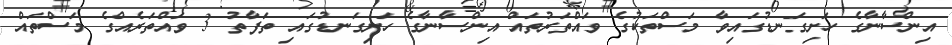
އިންސާނާގެ ހަށިގަނޑުގައިވާ މަސްތަކުގެ ވައްތަރުތައް އިންސާނާގެ ހަށިގަނޑުގައި ތަފާތު 3 ވައްތަރެއްގެ މަސްތައް